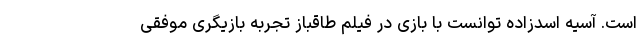
است. آسیه اسدزاده توانست با بازی در فیلم طاقباز تجربه بازیگری موفقی